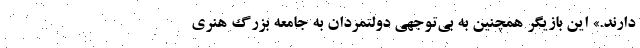
دارند.» این بازیگر همچنین به بی‌توجهی دولتمردان به جامعه بزرگ هنری